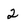
Character: 2